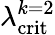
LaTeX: \lambda_{\textrm{crit}}^{k=2}